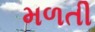
મળતી